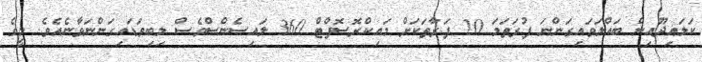
ކަލައިދޫއިން ބައްލަވައިގަންނަ ފުރަތަމަ 20 ފަރާތަކަށް މައިކްރޮސޮފްޓް 360 ލައިސެންސްވެސް ލިބިވަޑައިގަންނަވާނެއެވެ. މީގެ